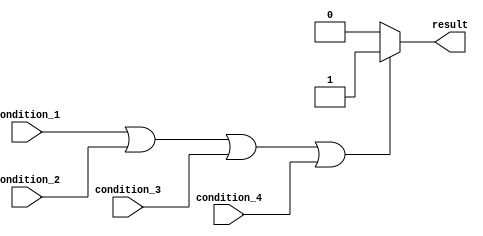
module if_else_statement(
    input condition_1,
    input condition_2,
    input condition_3,
    input condition_4,
    output reg result
);

always @* begin
    if (condition_1 || condition_2 || condition_3 || condition_4) begin
        // If any of the conditions are true, execute this block
        result = 1;
    end
    else begin
        // If none of the conditions are true, execute this block
        result = 0;
    end
end

endmodule